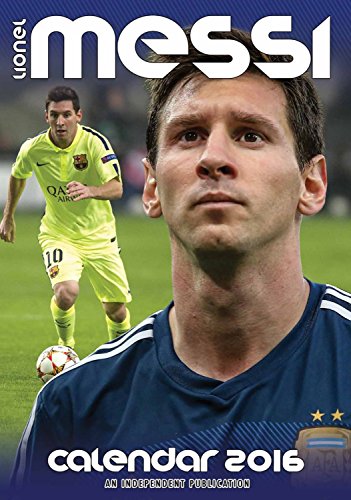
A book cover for Lionel Messi Wall Calendar - 2016 Wall Calendars - Celebrity Calendars - Soccer Calendars - Poster Wall Calendars - Monthly Wall Calendars by Dream International; MegaCalendars; Calendars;